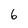
Character: 6